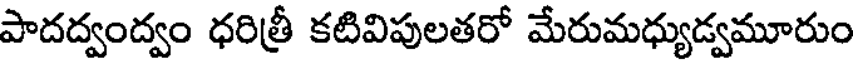
పాదద్వంద్వం ధరిత్రీ కటివిపులతరో మేరుమధ్యుడ్వమూరుం